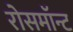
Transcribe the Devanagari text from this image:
रोसमॉन्ट